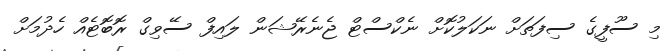
މި ސޫފީގެ ސިފަތަށް ނަކަލުކޮށް ނެކްސްޓް ޖެނެރޭޝަން ލައިފް ސޭވިގް ރޮބޮޓެއް ހެދުމަށް